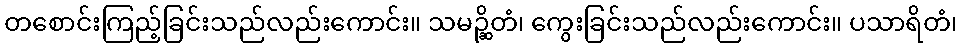
တစောင်းကြည့်ခြင်းသည်လည်းကောင်း။ သမဉ္ဆိတံ၊ ကွေးခြင်းသည်လည်းကောင်း။ ပသာရိတံ၊